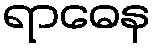
ရာဓေန